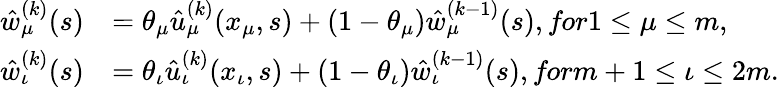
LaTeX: \begin{array}{rl}{\hat{w}_{\mu}^{(k)}(s)}&{=\theta_{\mu}\hat{u}_{\mu}^{(k)}(x_{\mu},s)+(1-\theta_{\mu})\hat{w}_{\mu}^{(k-1)}(s),\textit{for}1\leq\mu\leq m,}\\ {\hat{w}_{\iota}^{(k)}(s)}&{=\theta_{\iota}\hat{u}_{\iota}^{(k)}(x_{\iota},s)+(1-\theta_{\iota})\hat{w}_{\iota}^{(k-1)}(s),\textit{for}m+1\leq\iota\leq 2m.}\end{array}